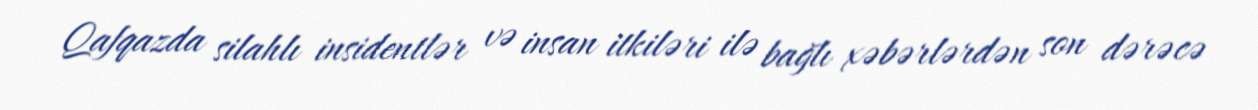
Qafqazda silahlı insidentlər və insan itkiləri ilə bağlı xəbərlərdən son dərəcə